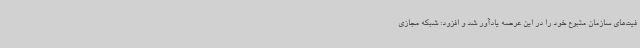
فیت‌های سازمان متبوع خود را در این عرصه یادآور شد و افزود: شبکه مجازی